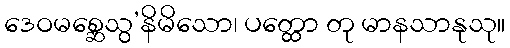
ဒေဝမစ္ဆေသွ’နိမိသော၊ ပတ္ထော တု မာနသာနုသု။